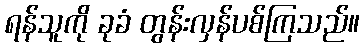
ရန်သူကို ခုခံ တွန်းလှန်ပစ်ကြသည်။